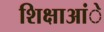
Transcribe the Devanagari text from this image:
शिक्षाआंे